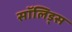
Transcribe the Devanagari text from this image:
सॉलिड्स